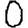
Digit: 0